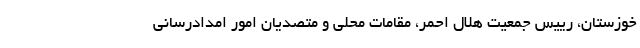
خوزستان، رییس جمعیت هلال احمر، مقامات محلی و متصدیان امور امدادرسانی